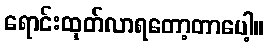
ရောင်းထုတ်လာရတော့တာပေါ့။